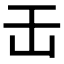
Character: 𠙻